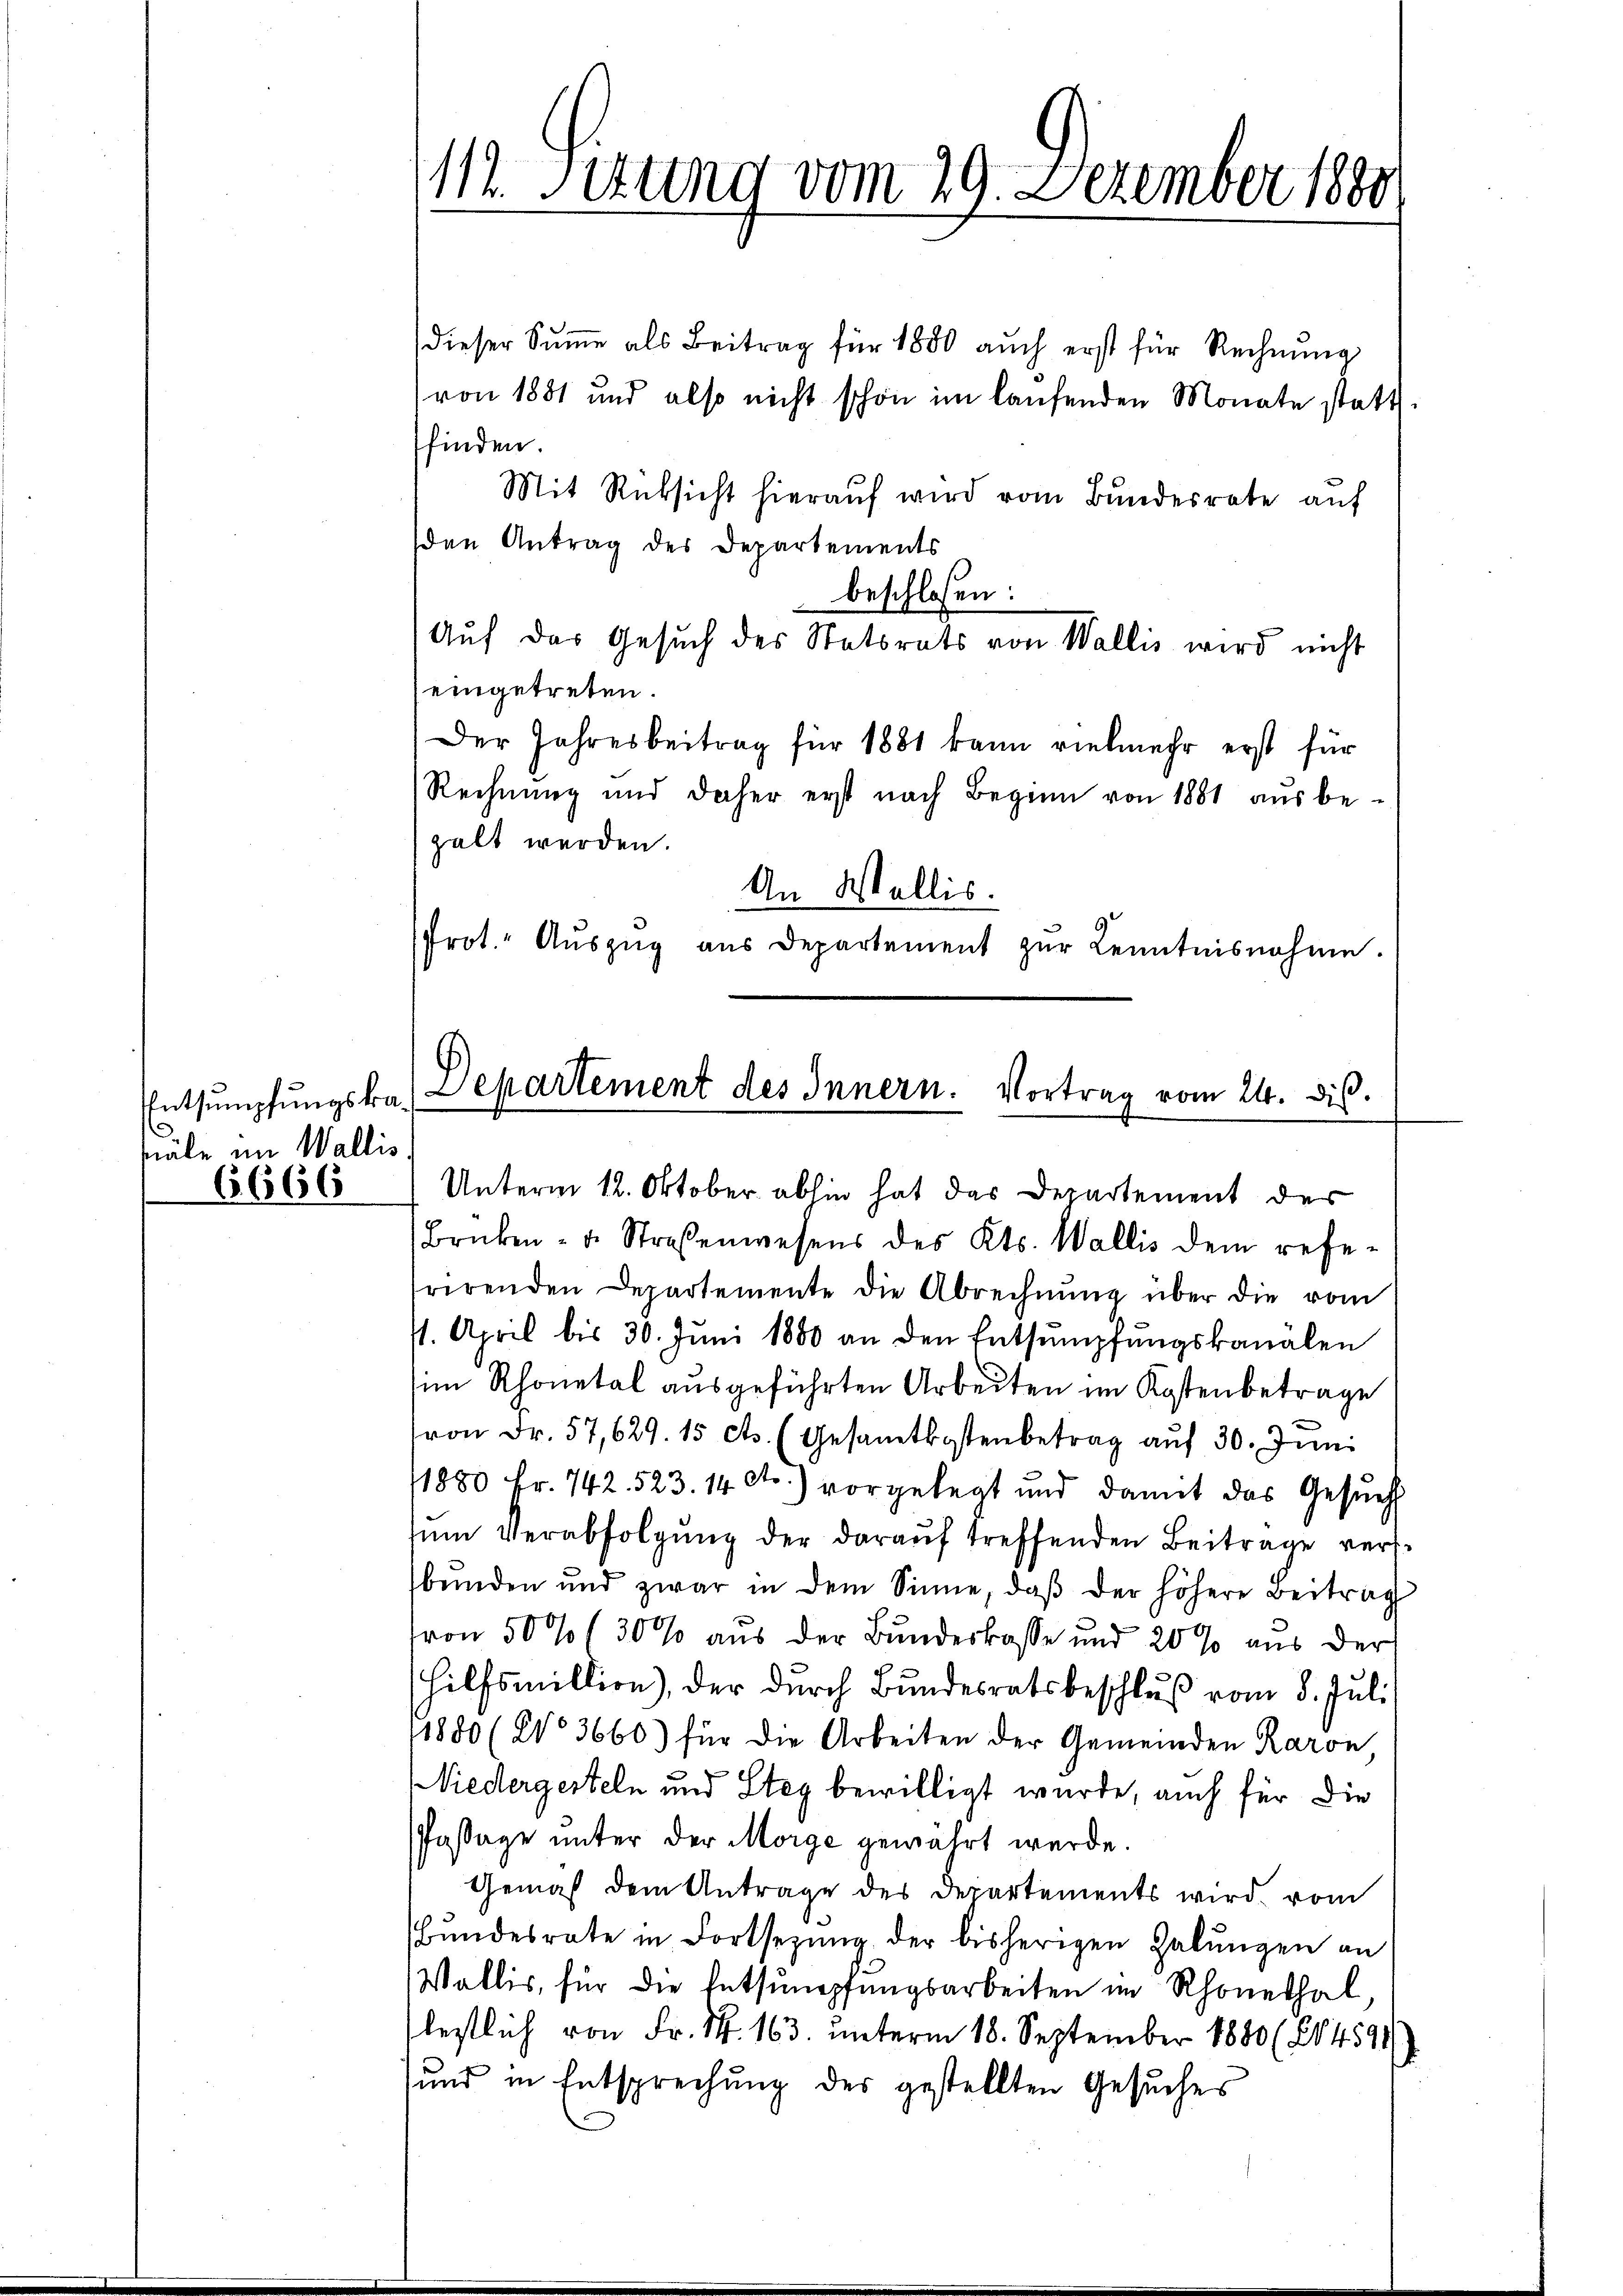
Entsumpfungskasäle im Wallis

6666

(dieser Sŭṁe als Beitrag für 1880 auch erst für Rechnŭng
von 1881 und also nicht schon im laufenden Monate statt.
ffinden
Mit Rüksicht hieraŭf wird vom Bundesrate auf
den Antrag des Departements
beschlossen:
Aŭf das Gesŭch des Statsrats von Wallis wird nicht
eingetreten.
Der Jahresbeitrag für 1881 kann vielmehr erst für
Rechnung und daher erst nach Beginn von 1881 aus be-
zalt werden.
An Wallis.
Prot. Aŭszŭg aŭs Departement zŭr Kenntnisnahme.
Departement des Innern. Vortrag vom 24. dis

11
r Sittend vom 29. Dezember 1890

Unterm 12. Oktober abhin hat das Departement der

Brüken- u. Straßenwesens des Kts. Wallis dem refe-
trirenden Departemente die Abrechnŭng über die vom
/1. April bis 30. Jŭni 1880 an den Entsumpfŭngskanalen
im Rhonetal ausgeführten Arbeiten im Kostenbetrage
u
von Fr. 57,629. 15 cts. (Gesamtkostenbetrag auf 30. Juni
1880 Fr. 742. 523. 14 dto.) vorgelegt und damit das Gesuch
zŭm Verabfolgung der darauf treffenden Beitrage versbŭnden und zwar in dem Sinne, daβ der höhere Beitrag
von 50% (30% aus der Bundeskasse und 20 % aus der
Hilfsmillion), der durch Bundesratsbeschluß vom 8. Juli
1880 (Wo 3660) für die Arbeiten der Gemeinden Raron,
Niedergerteln und Steg bewilligt wurde, auch für die
Passage unter der Morge gewährt werde.
Gemäß dem Antrage des Departements wird, vom
bŭndesrate in Fortsezung der bisherigen Halŭngen an
Wallis, für die Entsumpfungsarbeiten im Rhonethal
lestlich von Fr. 1. 163. unterm 18. September 1880 (14594
und in Entsprechung des gestellten Gesuches